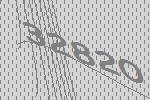
32820